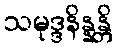
သမုဒ္ဒနိန္နန္တိ